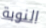
النوبة